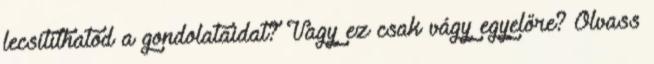
lecsitíthatod a gondolataidat? Vagy ez csak vágy egyelőre? Olvass